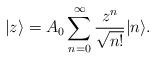
LaTeX: \begin{align*}|z\rangle=A_{0}\sum_{n=0}^{\infty}\frac{z^{n}}{\sqrt{n!}}|n\rangle.\end{align*}